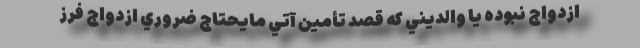
ازدواج نبوده یا والدیني که قصد تأمين آتي مايحتاج ضروري ازدواج فرز